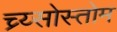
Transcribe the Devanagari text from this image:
च्र्य्सोस्तोम